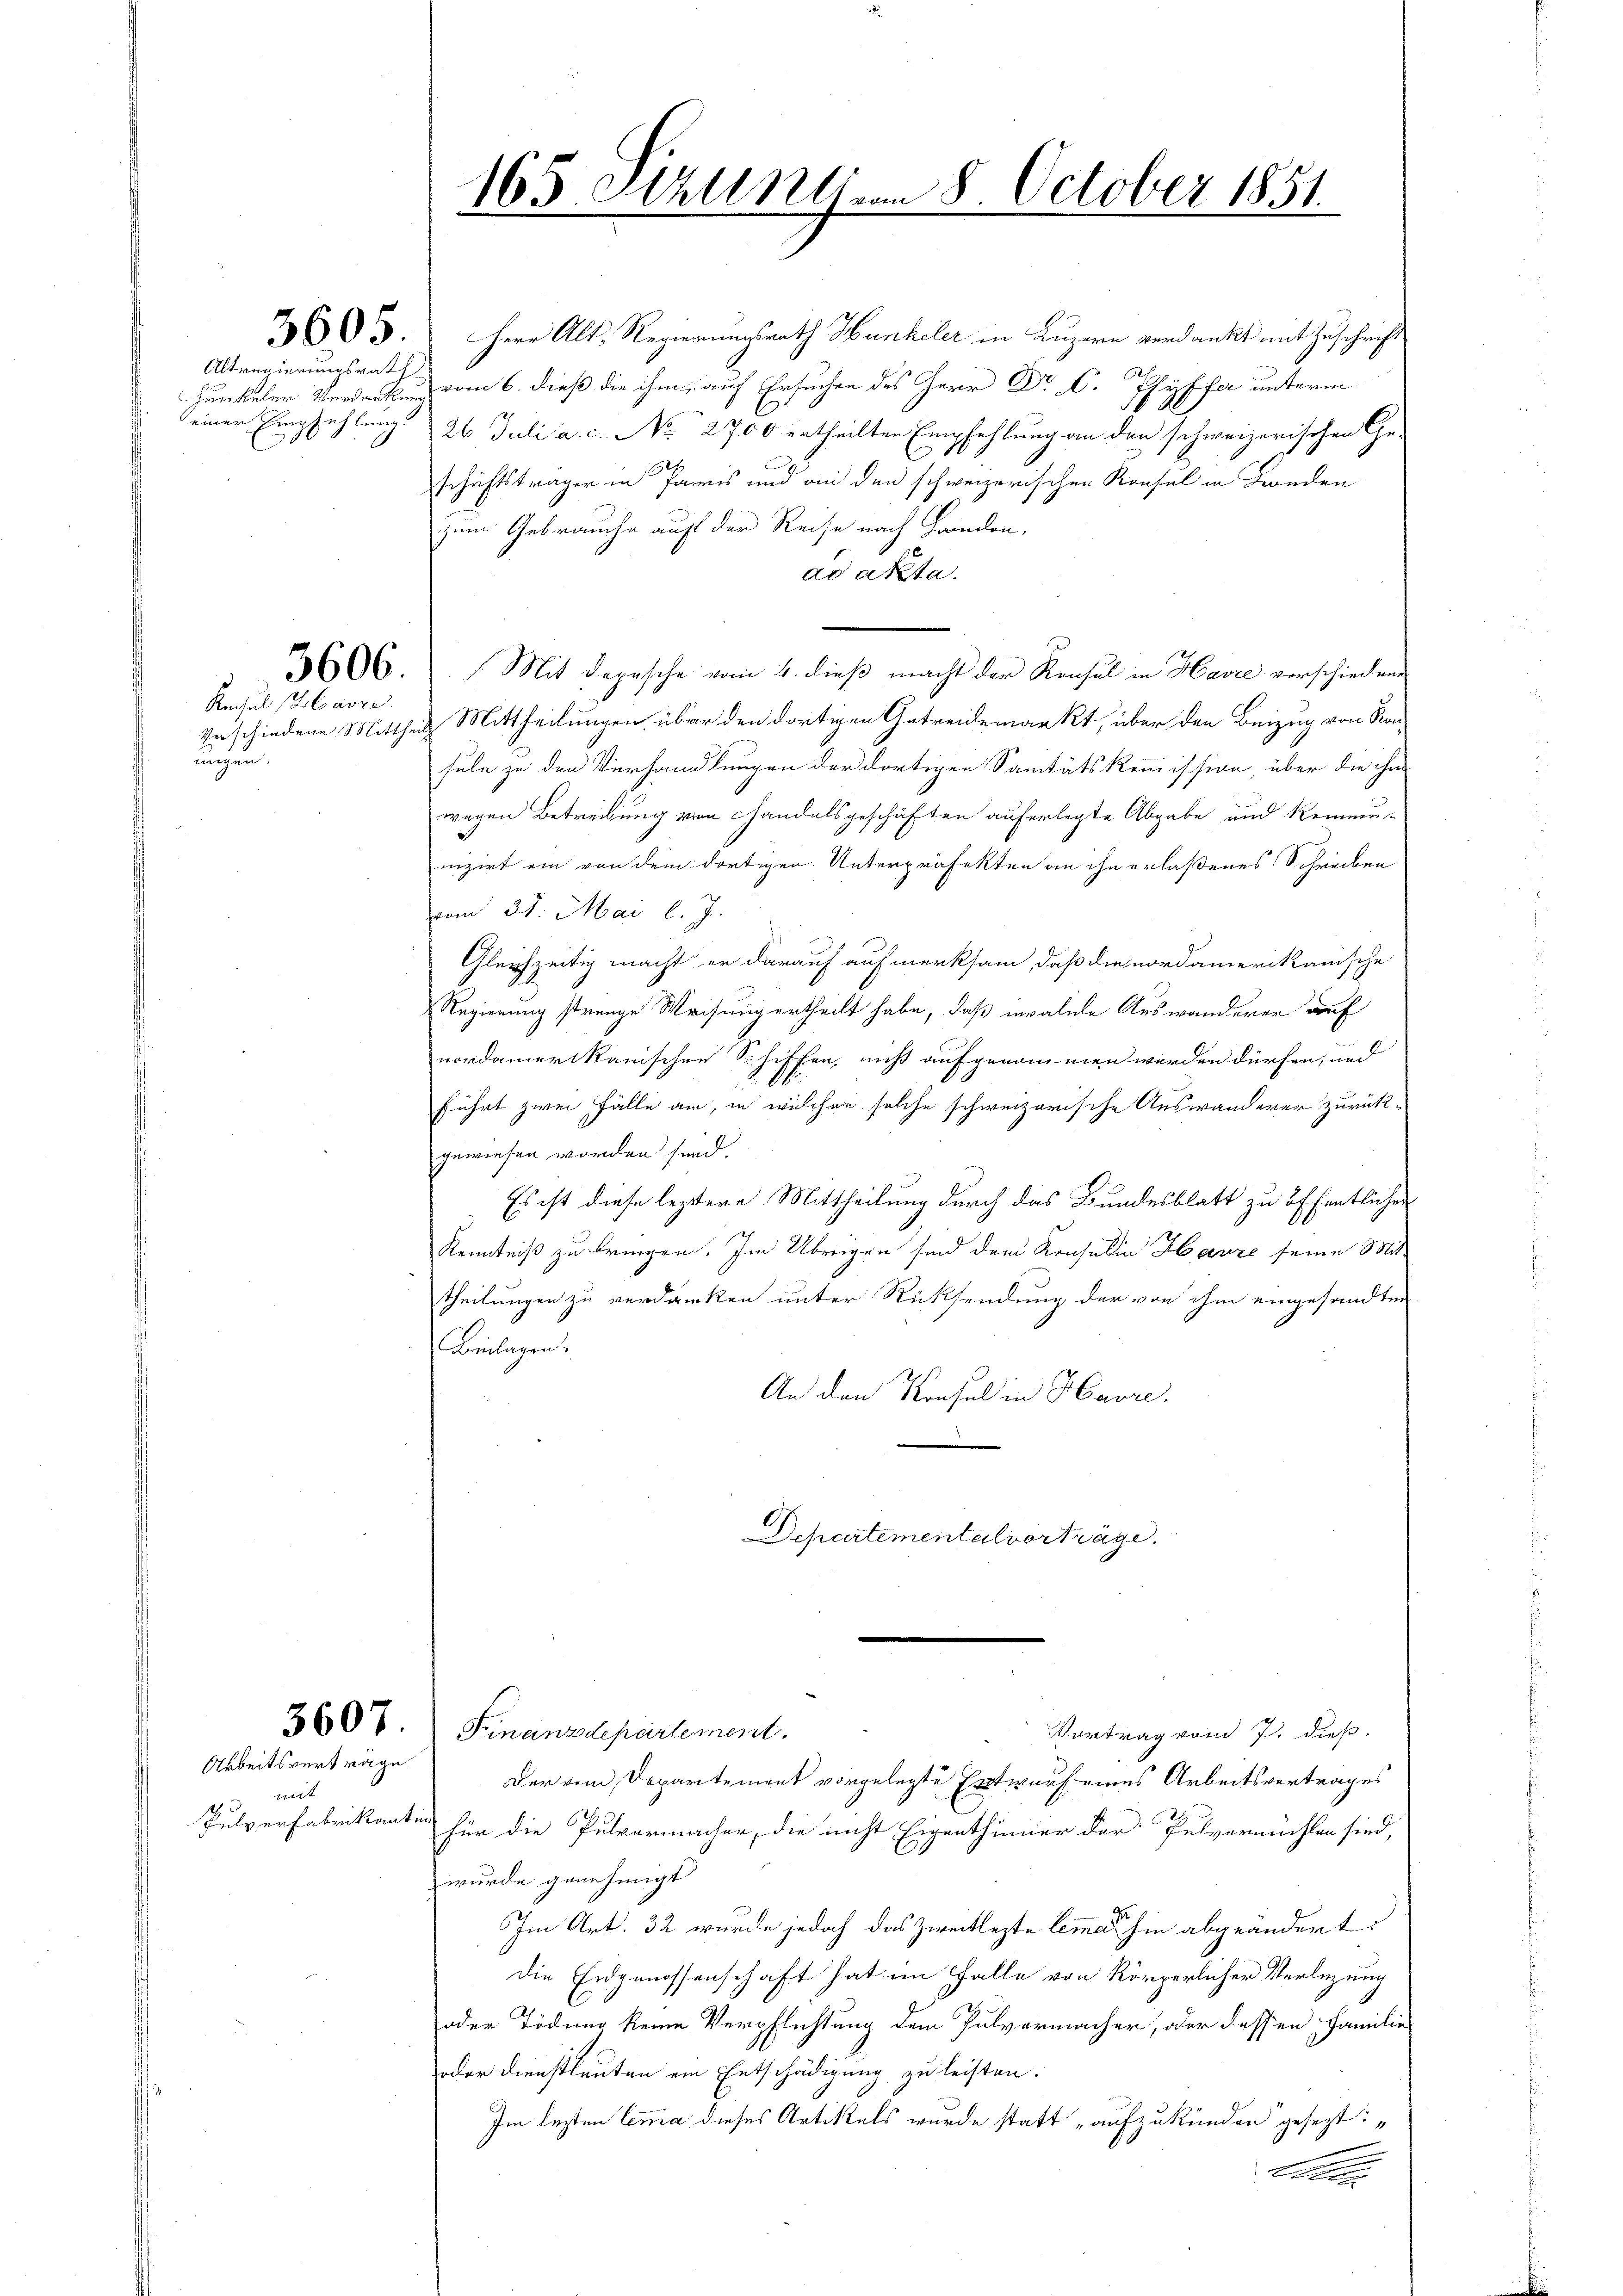
Altregierungsrath
einer Empfehlung.

Rmchuld (Titavre

nngen.

3607

Arbeitsverträge
geist
f

3605. Herr Alt-Regierungsrath Hunkeler in Luzern verdankt mit Zuschrift
Junkeler Verdar vom 6. dieß die ihm, auf Ersuchen des Herr Dr. C. Pfyffe unterm
26. Juli a. c. No. 2700 ertheilten Empfehlung an den schweizerischen Ge-
schäftsträger in Paris und ain den schweizerischen Konsel in Binden
zum Gebrauche auf der Reise nach Handen,
ad akta.
3606. Mit Depesche vom 4. dieß macht der Rensel in Havre verschiedene
Veschiedene Mittheil Mittheilungen über den dortigen Getreidemarkt, über den Beizug von Kansele zu den Verhandlungen der dortigen Sanitätskommission, über die ihm
wegen Betreibung von Handelsgeschäften auferlegte Abgabe und Remein-
izirt ein von dem dortigen Unterpräfekten an ihn erlaßenes Schreiben
vom 31. Mai l. J.
Gleichzeitig macht er darauf aufmerksam, daß die nordamerikanische
Regierung strenge Weisung ertheilt habe, daß invalele Auswanderer auf
nordamerikanischen Schiffen, nicht aufgenommen werden dürfen, und
führt zwei Fälle an, in welchen solche schweizerische Auswanderer zurückgewiesen worden sind.
Es ist diese leztere Mittheilung durch das Bundesblatt zu öffentlichen
Kenntniß zu bringen. Im Übrigen sind dem Konsulin Harze seine Mit-
theilungen zu verdanken unter Rücksendung der von ihm eingesandten
Beilagen.
An den Konsul in Havre.
Departemental vorträge.

165. Atzuln vom 8. October 1851

Finanzdepartement.
Vortrag vom 7. dieß.
Der vom Departement vorgelegte Entwurf eines Arbeitsvertrages
Pulverfabrikanten für die Pulvermacher, die nicht Eigenthümer der Pulvernüchten sind,
wurde genehmigt
Im Art. 32 wurde jedoch das Zwecklegte lemme sie abgeändert:
die Eidgenossenschaft hat im Falle von Körperlicher Verlegung
oder Tödung keine Verpflichtung dem Pulvermacher, oder dessen Familie
oder Dienstleuten ein Entschädigung zu leisten.
Im lezten Lemma dieses Artikels wurde statt „aufzukünden gesezt:
t